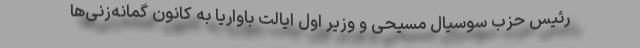
رئیس حزب سوسیال مسیحی و وزیر اول ایالت باواریا به کانون گمانه‌زنی‌ها